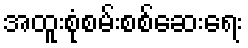
အထူးစုံစမ်းစစ်ဆေးရေး